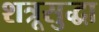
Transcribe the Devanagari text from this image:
शत्रूसुद्धा